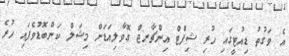
އެ ވަގުތު ޑިއުޓީގައި ހުރި ޝިފްޓް އިންޗާރޖް ގޮވާލިއަޑަށް މިޝަލް ކަންބޮޑުވެފައި ހުރެ